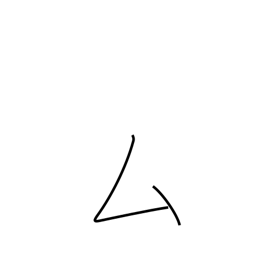
Meaning: katakana mu radical (no. 28)